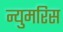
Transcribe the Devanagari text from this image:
न्युमरिस